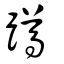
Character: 蹲